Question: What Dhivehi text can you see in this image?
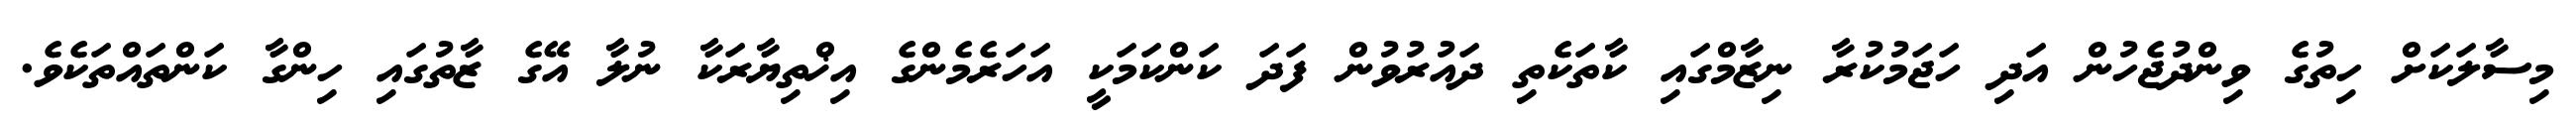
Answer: މިސާލަކަށް ހިތުގެ ވިންދުޖެހުން އަދި ހަޖަމުކުރާ ނިޒާމްގައި ކާތަކެތި ދައުރުވުން ފަދަ ކަންކަމަކީ އަހަރެމެންގެ އިޚްތިޔާރަކާ ނުލާ އޭގެ ޒާތުގައި ހިންގާ ކަންތައްތަކެވެ.